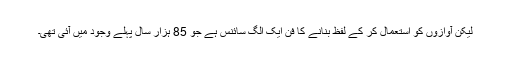
لیکن آوازوں کو استعمال کر کے لفظ بنانے کا فن ایک الگ سائنس ہے جو 85 ہزار سال پہلے وجود میں آئی تھی۔